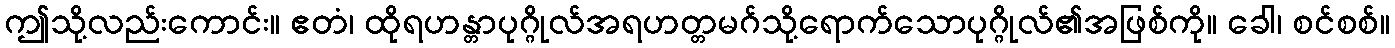
ဤသို့လည်းကောင်း။ ဧတံ၊ ထိုရဟန္တာပုဂ္ဂိုလ်အရဟတ္တမဂ်သို့ရောက်သောပုဂ္ဂိုလ်၏အဖြစ်ကို။ ခေါ၊ စင်စစ်။